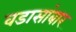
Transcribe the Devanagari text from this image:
वडासांबार